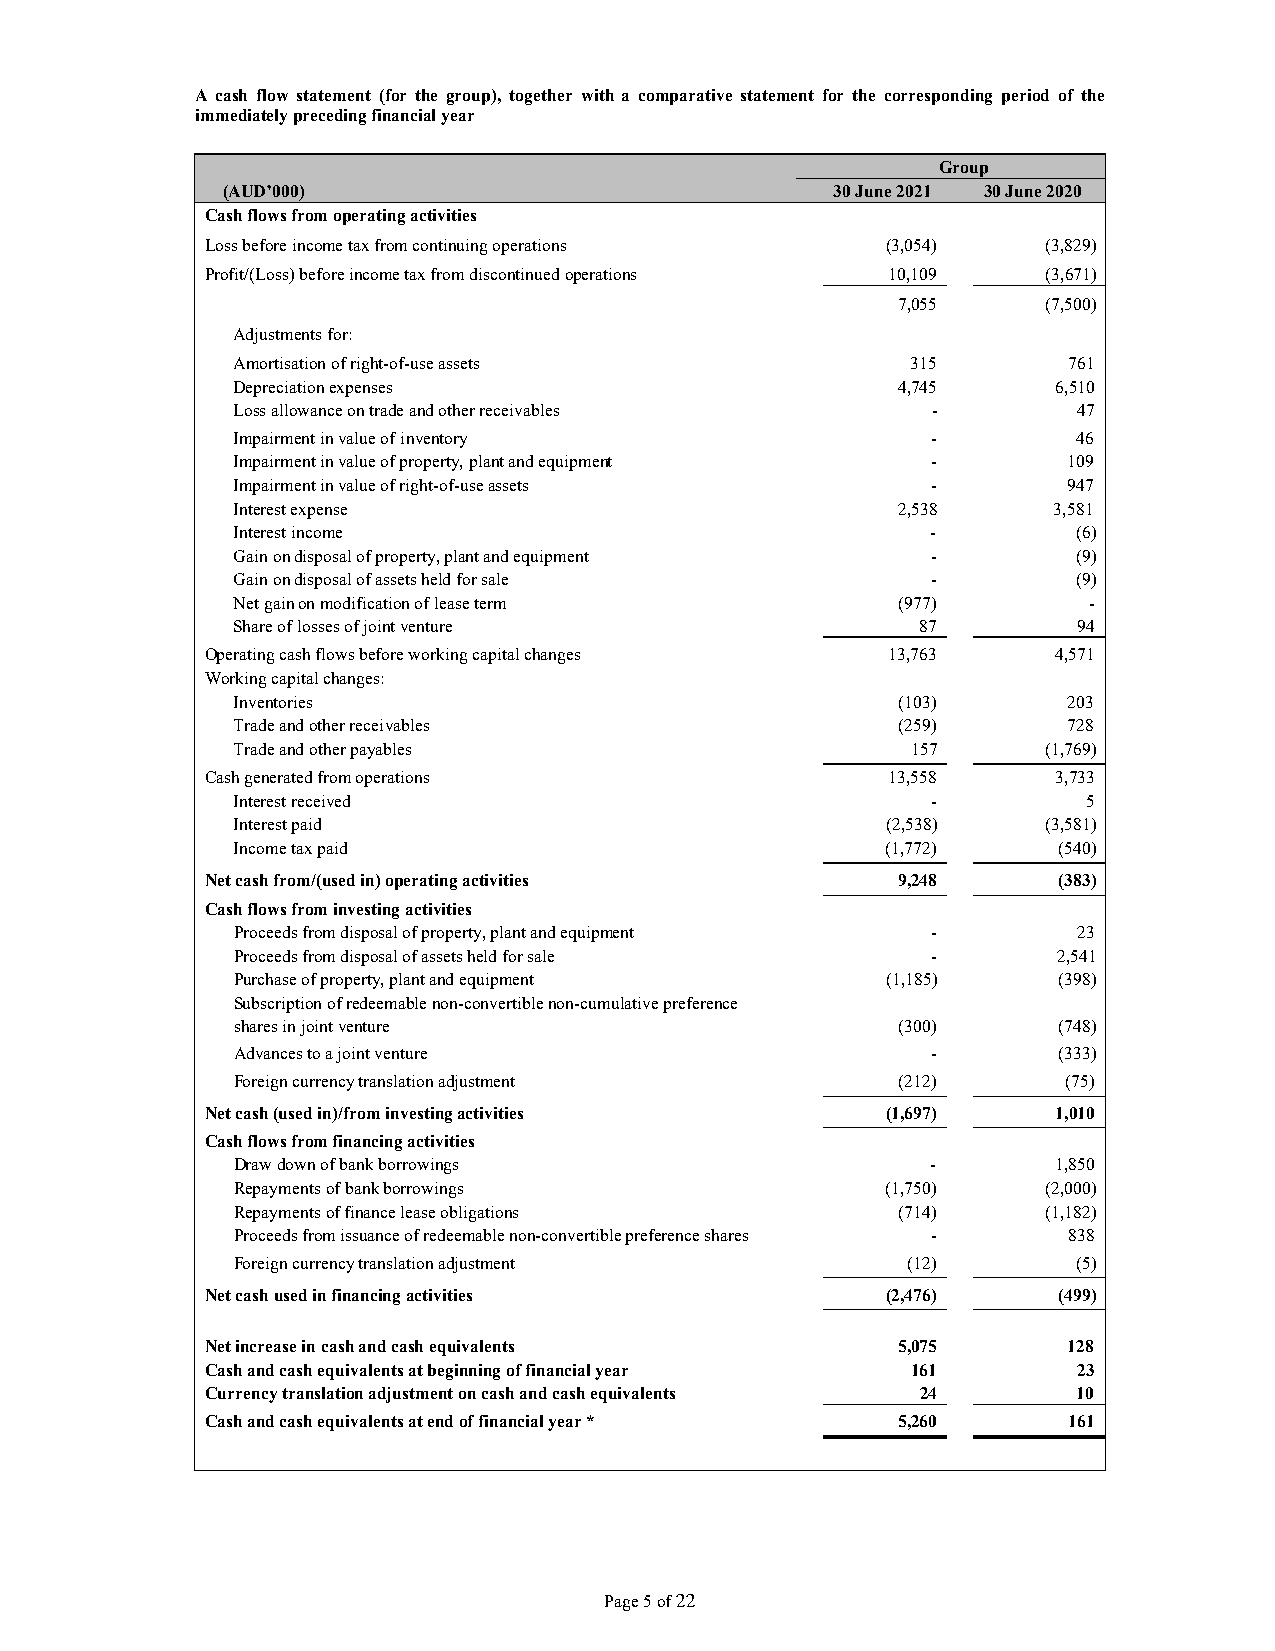
A cash flow statement (for the group), together with a comparative statement for the corresponding period of the
 immediately preceding financial year
 Group
 (AUD’000)                               30 June 2021 30 June 2020
 Cash flows from operating activities
 Loss before income tax from continuing operations (3,054) (3,829)
 Profit/(Loss) before income tax from discontinued operations 10,109 (3,671)
 7,055     (7,500)
 Adjustments for:
 Amortisation of right-of-use assets          315        761
 Depreciation expenses                       4,745      6,510
 Loss allowance on trade and other receivables  -        47
 Impairment in value of inventory               -        46
 Impairment in value of property, plant and equipment -  109
 Impairment in value of right-of-use assets     -        947
 Interest expense                            2,538      3,581
 Interest income                                -        (6)
 Gain on disposal of property, plant and equipment -     (9)
 Gain on disposal of assets held for sale       -        (9)
 Net gain on modification of lease term       (977)       -
 Share of losses of joint venture              87        94
 Operating cash flows before working capital changes 13,763 4,571
 Working capital changes:
 Inventories                                  (103)      203
 Trade and other receivables                  (259)      728
 Trade and other payables                     157      (1,769)
 Cash generated from operations               13,558     3,733
 Interest received                              -         5
 Interest paid                               (2,538)   (3,581)
 Income tax paid                             (1,772)    (540)
 Net cash from/(used in) operating activities 9,248      (383)
 Cash flows from investing activities
 Proceeds from disposal of property, plant and equipment - 23
 Proceeds from disposal of assets held for sale -       2,541
 Purchase of property, plant and equipment   (1,185)    (398)
 Subscription of redeemable non-convertible non-cumulative preference
 shares in joint venture                      (300)     (748)
 Advances to a joint venture                    -       (333)
 Foreign currency translation adjustment      (212)      (75)
 Net cash (used in)/from investing activities (1,697)    1,010
 Cash flows from financing activities
 Draw down of bank borrowings                   -       1,850
 Repayments of bank borrowings               (1,750)   (2,000)
 Repayments of finance lease obligations      (714)    (1,182)
 Proceeds from issuance of redeemable non-convertible preference shares - 838
 Foreign currency translation adjustment      (12)       (5)
 Net cash used in financing activities        (2,476)    (499)
 Net increase in cash and cash equivalents    5,075       128
 Cash and cash equivalents at beginning of financial year 161 23
 Currency translation adjustment on cash and cash equivalents 24 10
 Cash and cash equivalents at end of financial year * 5,260 161
 Page 5 of 22